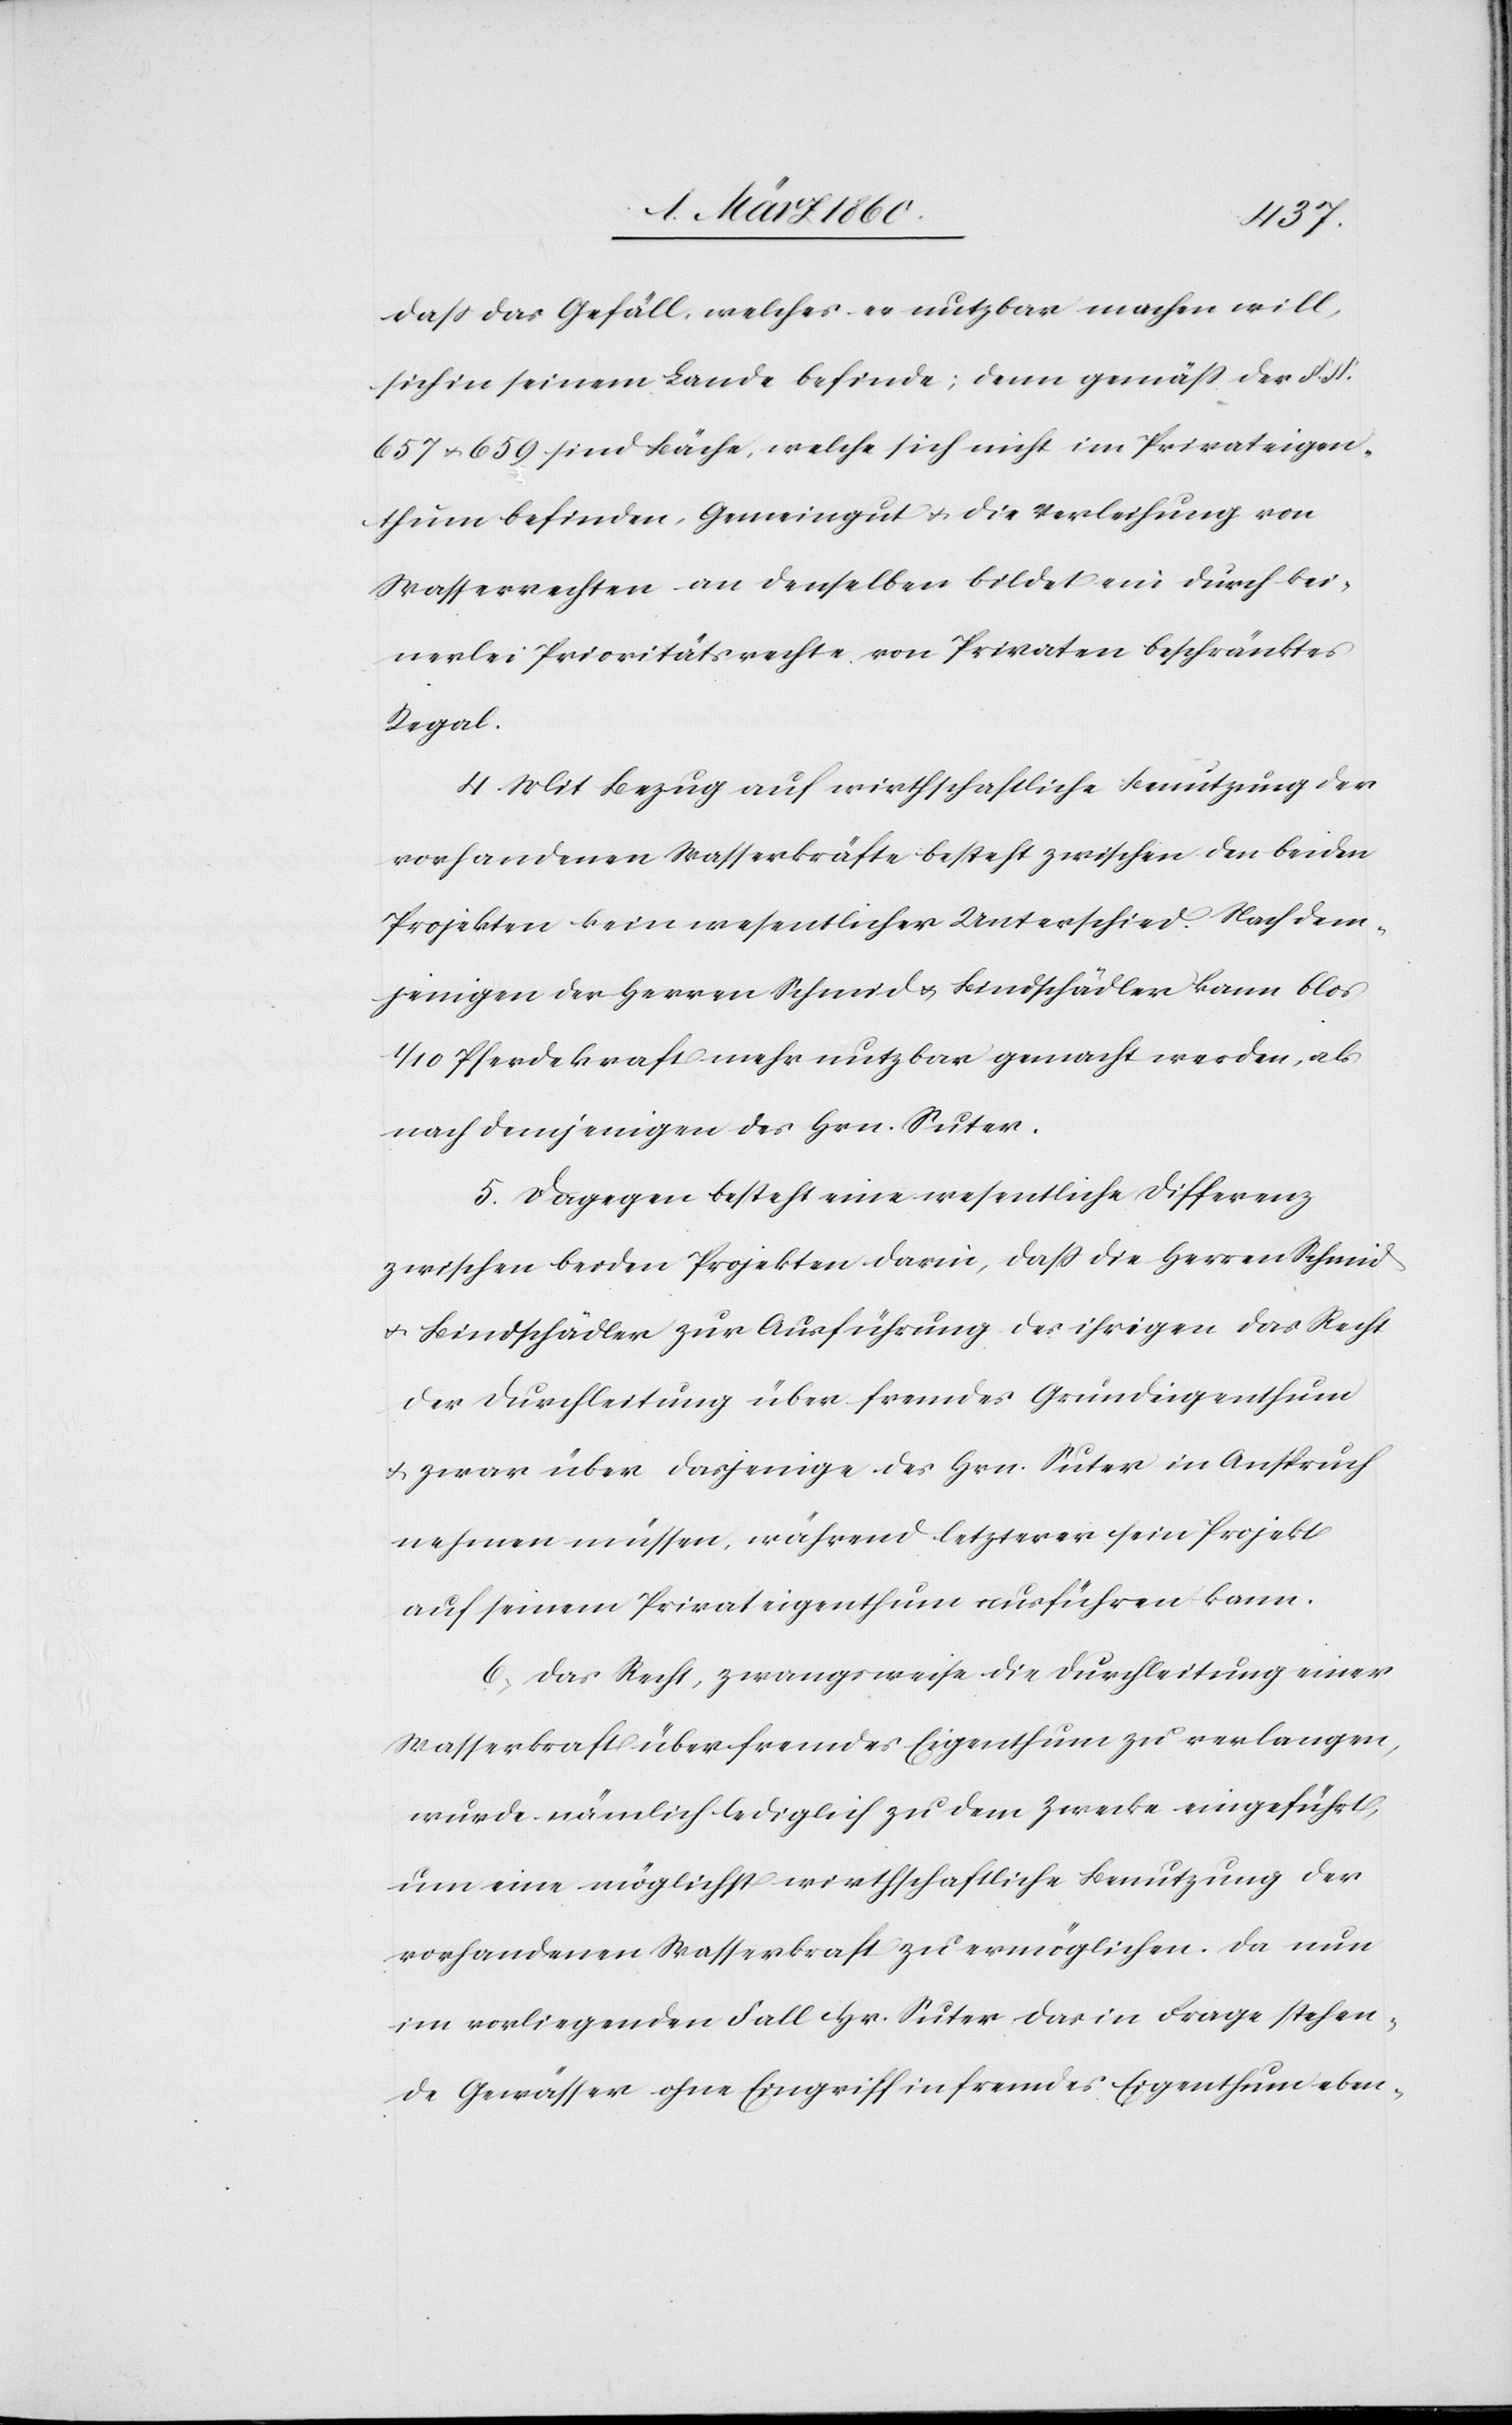
dass das Gesuch, welches es nutzbar machen will,
sich in seinem Lande befinde; denn gemäss der §. §.
657 u. 659 sind Bäche, welche sich nicht im Privateigen¬
thum befinden, Gemeingut u. die Verleihung von
Wasserrechten an denselben bildet ein durch kei¬
nerlei Prioritätsrechte von Privaten beschränktes
Regal.
4. Mit Bezug auf wirthschaftliche Benutzung der
vorhandenen Wasserkräfte besteht zwischen den beiden
Projekten kein wesentlicher Unterschied. Nach dem¬
jenigen der Herren Schmid u. Bindschädler kann blos
1/10 Pferdekraft mehr nutzbar gemacht werden, als
nach demjenigen des Hrn. Suter.
5. Dagegen besteht eine wesentliche Differenz
zwischen beiden Projekten, darin, dass die Herren Schmid
u. Bindschädler zur Ausführung des ihrigen das Recht
der Durchleitung über fremdes Grundeigenthum
u. zwar über dasjenige des Hrn. Suter in Anspruch
nehmen müssen, während letzterer sein Projekt
auf seinem Privateigenthum ausführen kann.
6. Das Recht, zwangsweise die Durchleitung einer
Wasserkraft über fremdes Eigenthum zu verlangen,
wurde nämlich lediglich zu dem Zwecke eingeführt,
um eine möglichst wirthschaftliche Benutzung der
vorhandenen Wasserkraft zu ermöglichen. Da nun
im vorliegenden Fall Hr. Suter das in Frage stehen¬
de Gewässer ohne Eingriff in fremdes Eigenthum eben-